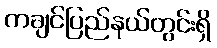
ကချင်ပြည်နယ်တွင်းရှိ